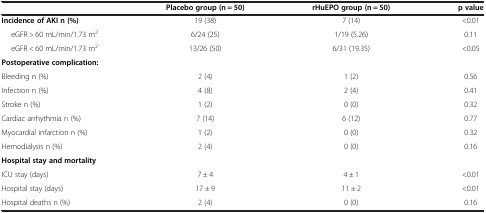
|  | Placebo group (n = 50) | rHuEPO group (n = 50) | p value |
 | --- | --- | --- | --- |
 | Incidence of AKI n (%) | 19 (38) | 7 (14) | <0.01 |
 | eGFR > 60 mL/min/1.73 m2 | 6/24 (25) | 1/19 (5.26) | 0.11 |
 | eGFR < 60 mL/min/1.73 m2 | 13/26 (50) | 6/31 (19.35) | <0.05 |
 | Postoperative complication: | <COLSPAN=3>  |
 | Bleeding n (%) | 2 (4) | 1 (2) | 0.56 |
 | Infection n (%) | 4 (8) | 2 (4) | 0.41 |
 | Stroke n (%) | 1 (2) | 0 (0) | 0.32 |
 | Cardiac arrhythmia n (%) | 7 (14) | 6 (12) | 0.77 |
 | Myocardial infarction n (%) | 1 (2) | 0 (0) | 0.32 |
 | Hemodialysis n (%) | 2 (4) | 0 (0) | 0.16 |
 | Hospital stay and mortality | <COLSPAN=3>  |
 | ICU stay (days) | 7 ± 4 | 4 ± 1 | <0.01 |
 | Hospital stay (days) | 17 ± 9 | 11 ± 2 | <0.01 |
 | Hospital deaths n (%) | 2 (4) | 0 (0) | 0.16 |